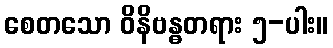
စေတသော ဝိနိဗန္ဓတရား ၅-ပါး။